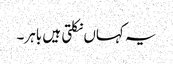
یہ کہاں نکلتی ہیں باہر۔